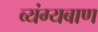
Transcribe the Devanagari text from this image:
व्यंग्यबाण